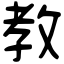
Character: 教